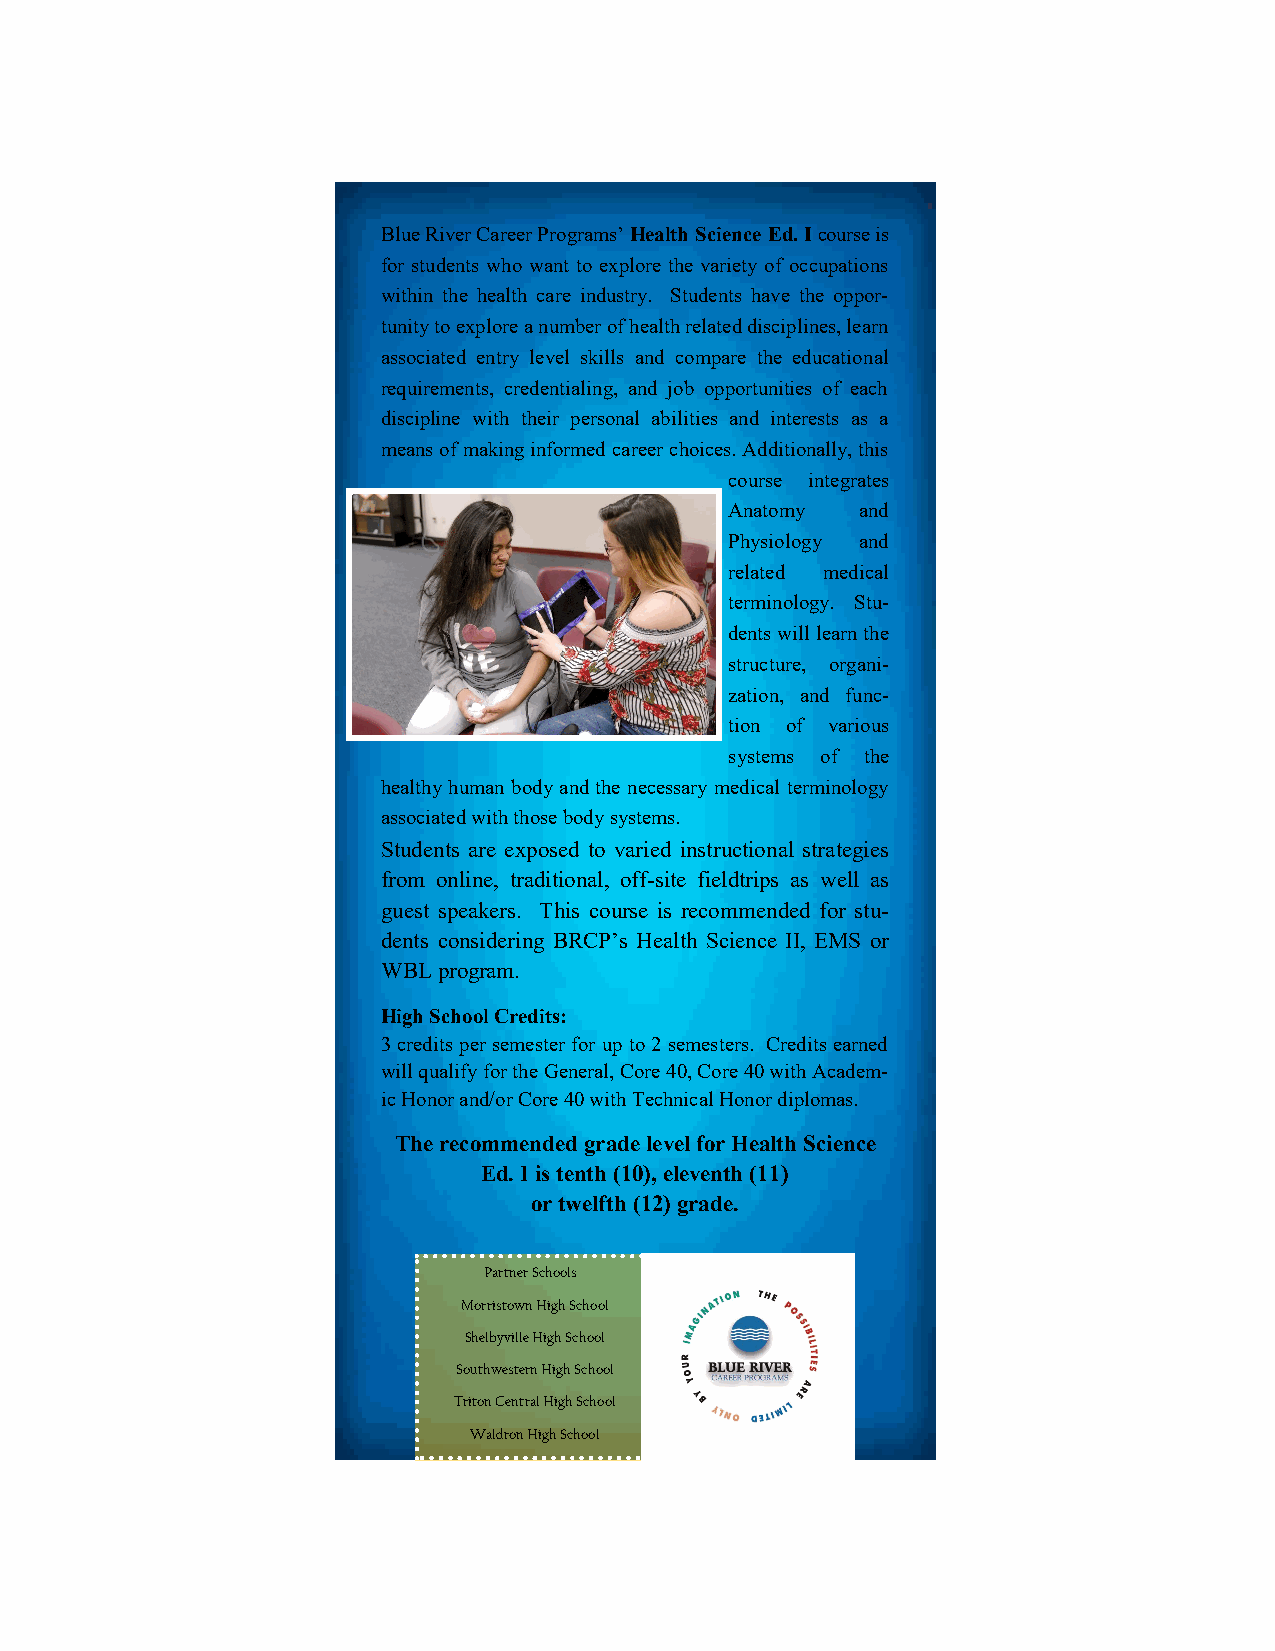
Blue River Career Programs’ Health Science Ed. I course is
 for students who want to explore the variety of occupations
 within the health care industry. Students have the oppor-
 tunity to explore a number of health related disciplines, learn
 associated entry level skills and compare the educational
 requirements, credentialing, and job opportunities of each
 discipline with their personal abilities and interests as a
 means of making informed career choices. Additionally, this
 course integrates
 Anatomy  and
 Physiology and
 related medical
 terminology. Stu-
 dents will learn the
 structure, organi-
 zation, and func-
 tion of various
 systems of the
 healthy human body and the necessary medical terminology
 associated with those body systems.
 Students are exposed to varied instructional strategies
 from online, traditional, off-site fieldtrips as well as
 guest speakers. This course is recommended for stu-
 dents considering BRCP’s Health Science II, EMS or
 WBL program.
 High School Credits:
 3 credits per semester for up to 2 semesters. Credits earned
 will qualify for the General, Core 40, Core 40 with Academ-
 ic Honor and/or Core 40 with Technical Honor diplomas.
 The recommended grade level for Health Science
 Ed. I is tenth (10), eleventh (11)
 or twelfth (12) grade.
 Partner Schools
 Morristown High School
 Shelbyville High School
 Southwestern High School
 Triton Central High School
 Waldron High School